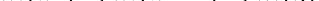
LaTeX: \smash{m(\pi^{0})<m(\pi^{+/-})<m(\eta)}